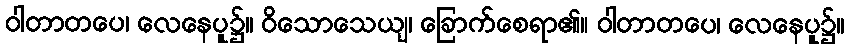
ဝါတာတပေ၊ လေနေပူ၌။ ဝိသောသေယျ၊ ခြောက်စေရာ၏။ ဝါတာတပေ၊ လေနေပူ၌။